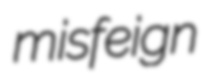
misfeign